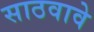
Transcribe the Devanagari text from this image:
साठवावे